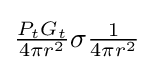
{\textstyle {{P_{t}G_{t}} \over {4\pi r^{2}}}\sigma {{1} \over {4\pi r^{2}}}}